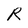
Character: R